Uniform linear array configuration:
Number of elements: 12
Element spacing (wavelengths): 0.5
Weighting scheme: binomial
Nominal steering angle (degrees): -45
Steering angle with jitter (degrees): -43.083
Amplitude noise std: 0.05
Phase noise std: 0.05

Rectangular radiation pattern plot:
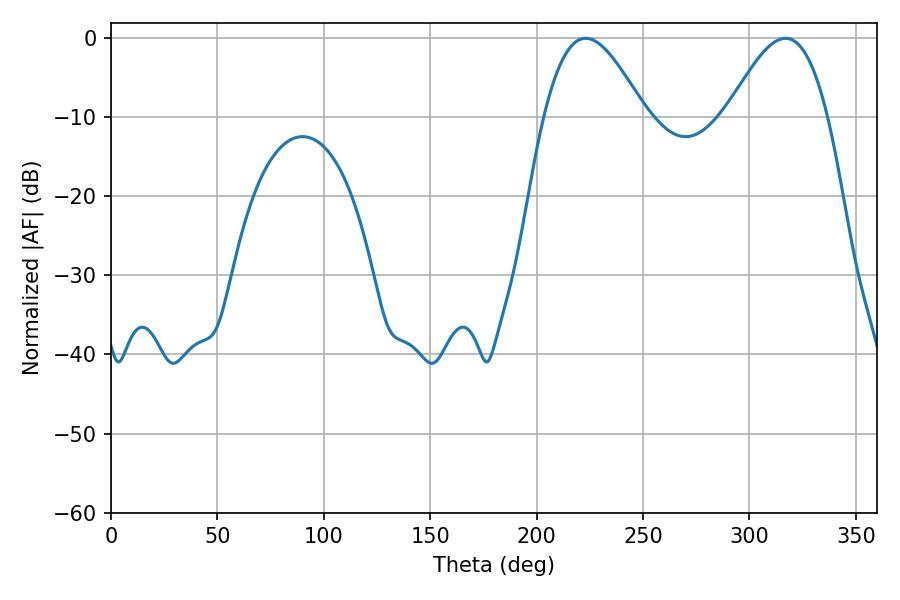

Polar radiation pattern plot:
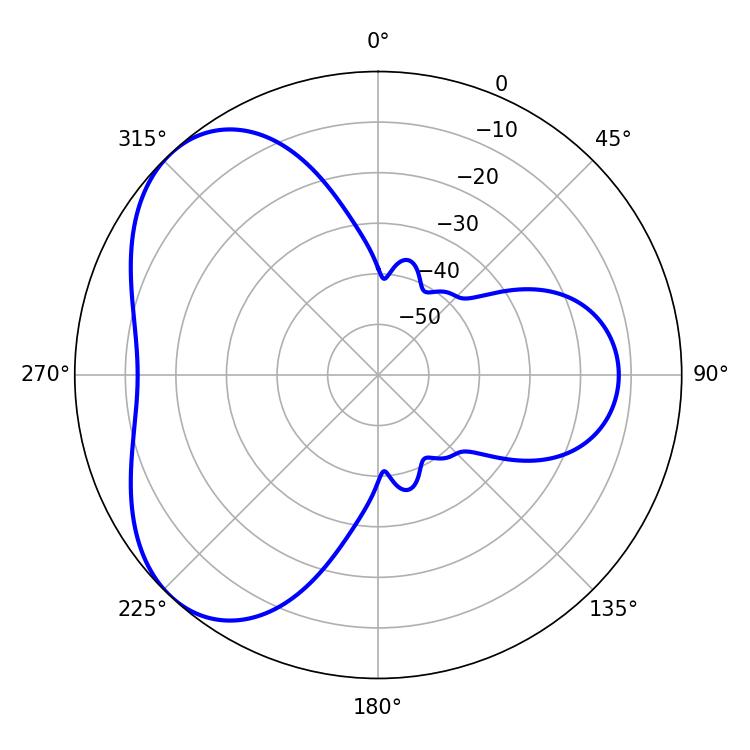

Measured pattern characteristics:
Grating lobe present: FALSE
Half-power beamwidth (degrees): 25.56
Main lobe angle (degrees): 223.02